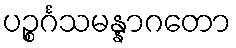
ပဉ္စင်္ဂသမန္နာဂတော